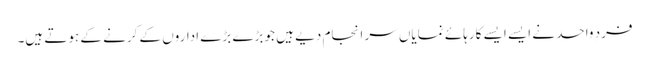
فردِ واحد نے ایسے ایسے کارہائے نمایاں سر انجام دیے ہیں جو بڑے بڑے اداروں کے کرنے کے ہوتے ہیں۔